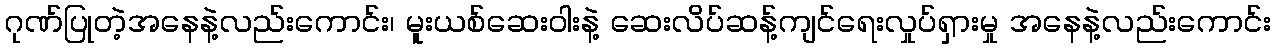
ဂုဏ်ပြုတဲ့အနေနဲ့လည်းကောင်း၊ မူးယစ်ဆေးဝါးနဲ့ ဆေးလိပ်ဆန့်ကျင်ရေးလှုပ်ရှားမှု အနေနဲ့လည်းကောင်း